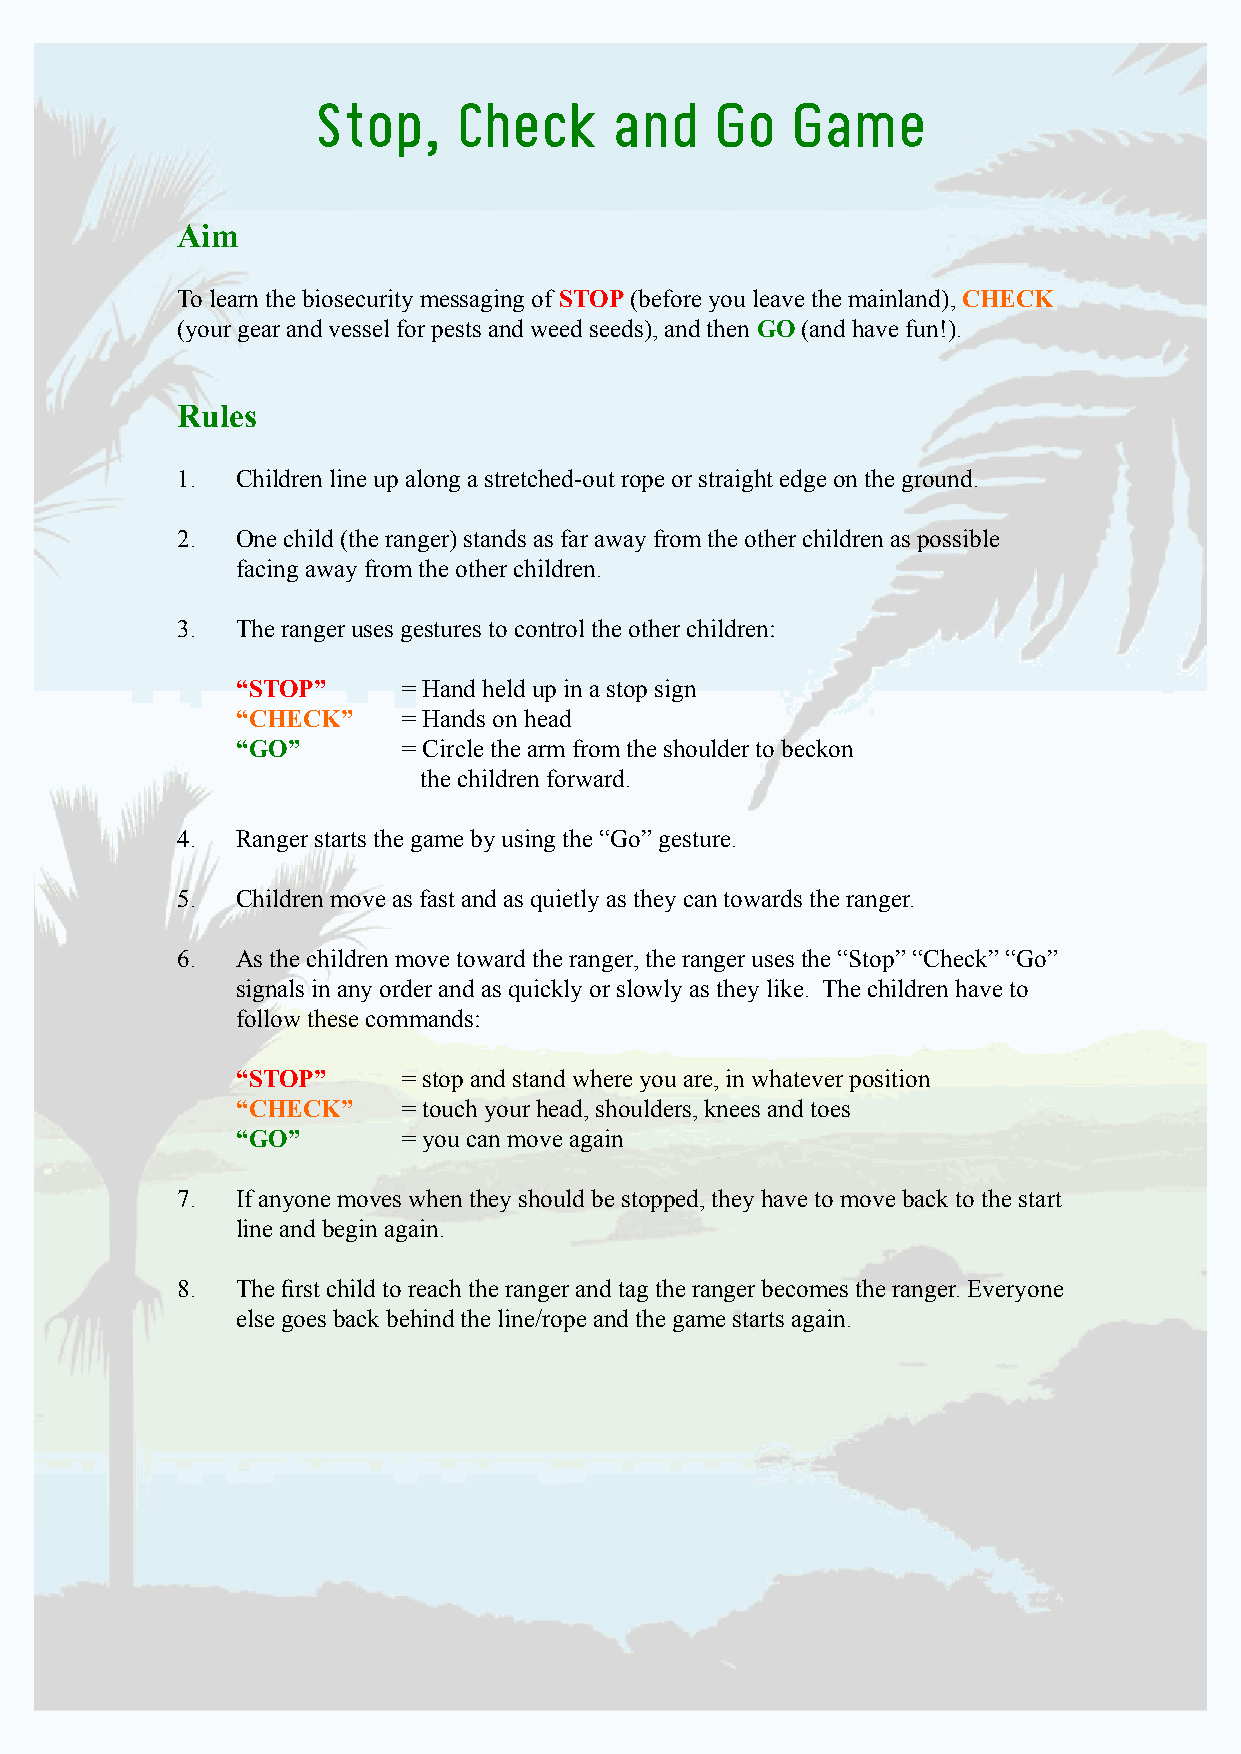
Stop,    Check     and    Go   Game
 Aim
 To learn the biosecurity messaging of STOP (before you leave the mainland), CHECK
 (your gear and vessel for pests and weed seeds), and then GO (and have fun!).
 Rules
 1.  Children line up along a stretched-out rope or straight edge on the ground.
 2.  One child (the ranger) stands as far away from the other children as possible
 facing away from the other children.
 3.  The ranger uses gestures to control the other children:
 “STOP”     = Hand held up in a stop sign
 “CHECK”    = Hands on head
 “GO”       = Circle the arm from the shoulder to beckon
 the children forward.
 4.  Ranger starts the game by using the “Go” gesture.
 5.  Children move as fast and as quietly as they can towards the ranger.
 6.  As the children move toward the ranger, the ranger uses the “Stop” “Check” “Go”
 signals in any order and as quickly or slowly as they like. The children have to
 follow these commands:
 “STOP”     = stop and stand where you are, in whatever position
 “CHECK”    = touch your head, shoulders, knees and toes
 “GO”       = you can move again
 7.  If anyone moves when they should be stopped, they have to move back to the start
 line and begin again.
 8.  The first child to reach the ranger and tag the ranger becomes the ranger. Everyone
 else goes back behind the line/rope and the game starts again.